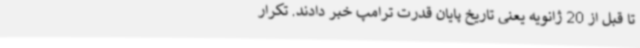
تا قبل از 20 ژانویه یعنی تاریخ پایان قدرت ترامپ خبر دادند. تکرار